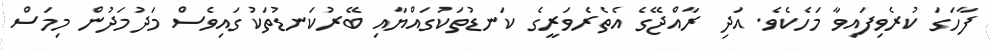
ފާހަގަ ކުރެވިފައިވާ މަހެކެވެ. އަދި ރާއްޖޭގެ އެތެރެވަރީގެ ކަނޑުތަކުގައްޔާއި ބޭރުކަނޑުތަކުގައިވެސް މަދުމަދުން މިމަސް